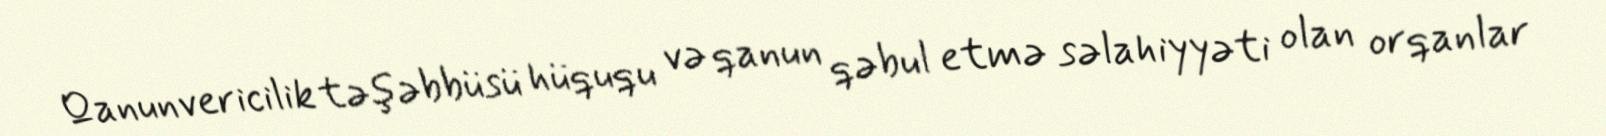
Qanunvericilik təşəbbüsü hüququ və qanun qəbul etmə səlahiyyəti olan orqanlar